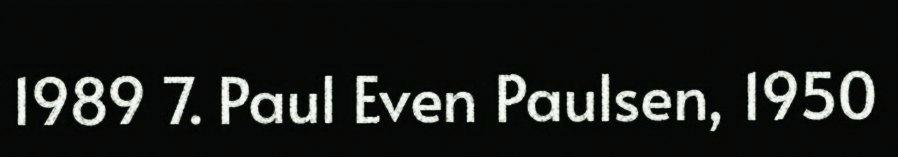
1989 7. Paul Even Paulsen, 1950